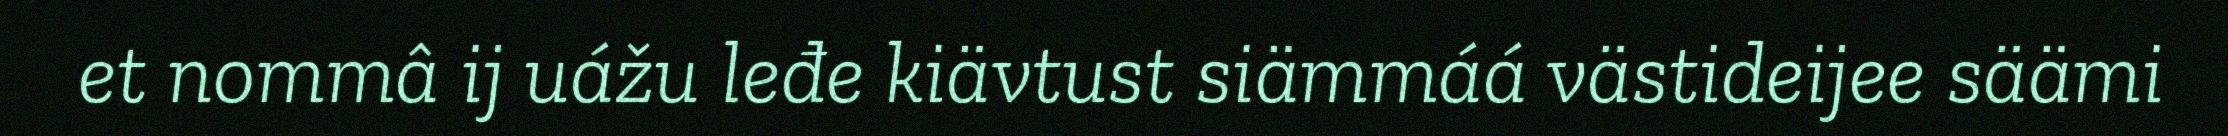
et nommâ ij uážu leđe kiävtust siämmáá västideijee säämi